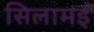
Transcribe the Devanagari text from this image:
सिलामई